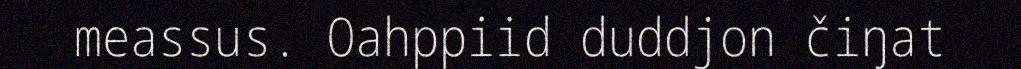
meassus. Oahppiid duddjon čiŋat